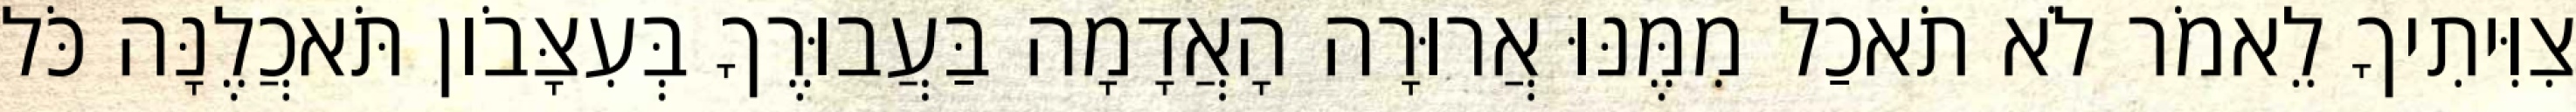
צִוִּיתִיךָ לֵאמֹר לֹא תֹאכַל מִמֶּנּוּ אֲרוּרָה הָאֲדָמָה בַּעֲבוּרֶךָ בְּעִצָּבֹון תֹּאכֲלֶנָּה כֹּל